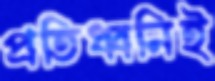
প্রতিধ্বনিই